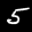
Label: 5